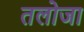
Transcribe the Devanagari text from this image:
तलोजा